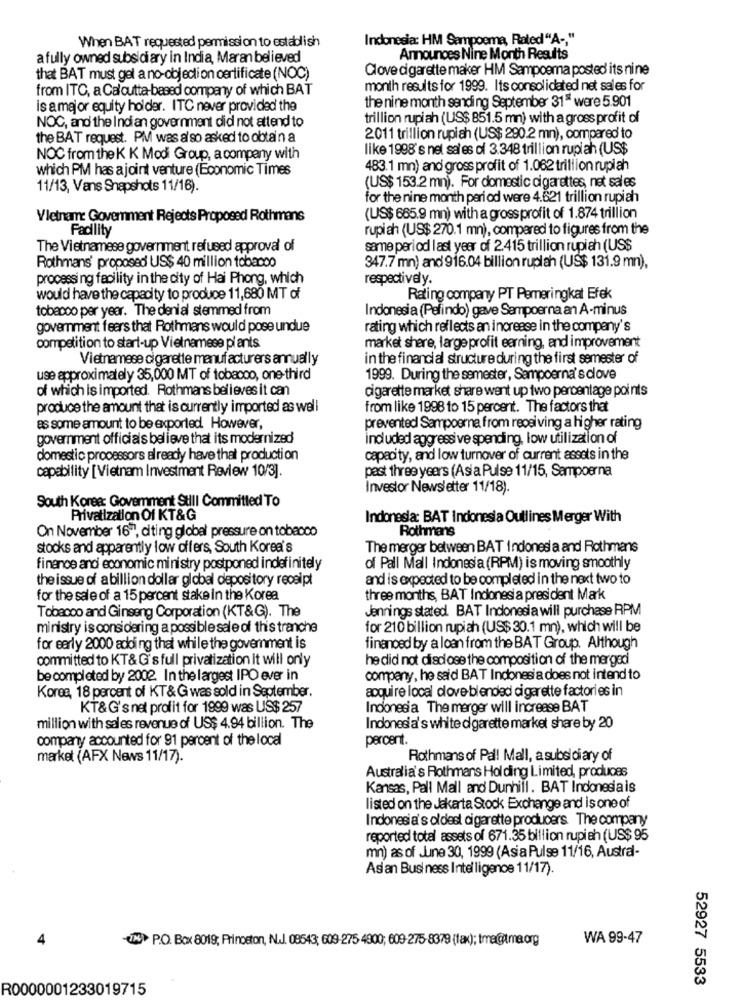
When BAT requested permission to establish
Indonesia: HM Sampoema, Rated"A -, "
a fully owned subsidiary in India, Maran believed
Announces Nine Month Results
Clove cigarette maker HM Sampoerna posted its nine
that BAT must gel a no-objection certificate (NOC)
from ITC, a Calcutta-based company of which BAT
month results for 1999. Its consolidated net sales for
is a major equity holder. ITC never provided the
the nine month sending September 31" were 5.901
NOC, and the Indian government did not attend to
trillion rupiah (US$ 851.5 mm) with a gross profit of
the BAT request. PM was also asked to obtain a
2011 trillion rupiah (US$ 290.2 mn), compared to
like 1998's nel sales of 3.348 trillion rupiah (US$
NOC from the K K Modi Group, a company with
which PM has a joint venture (Economic Times
483.1 mn) and gross profit of 1.062 trillion rupiah
11/13, Vans Snapshots 11/16).
(US$ 153.2 mn). For domestic cigarettes, net sales
for the nine month period were 4.621 trillion rupiah
Vietnam: Government Rejects Proposed Rothmans
(US$ 665.9 mn) with a gross profit of 1.874 trillion
Facility
rupiah (US$ 270.1 mn), compared to figures from the
The Vietnamese government refused approval of
same period last year of 2.415 trillion rupiah (US$
Rothmans' proposed US$ 40 million tobacco
347.7 mn) and 916.04 billion ruplah (US$ 131.9 mn),
processing facility in the city of Hai Phong, which
respectively.
would have the capacity to produce 11,680 MT of
Rating company PT Pemeringkat Efek
tobacco per year. The denial stemmed from
Indonesia (Pefindo) gave Sampoerna an A-minus
government fears that Rothmans would pose undue
rating which reflects an increase in the company's
competition to start-up Vietnamese pi ants
market share, large profit earning, and improvement
Vietnamese cigarette manufacturers annually
in the financial structure during the first semester of
use approximately 35,000 MT of tobacco, one-third
1999. During the semester, Sampoerna's clove
of which is imported. Rothmans believes it can
cigarette market share went up two percentage points
produce the amount that is currently imported as well
from like 1998 to 15 percent. The factors that
es some amount to be exported. However,
prevented Sampoerna from receiving a higher rating
government officials believe that its modernized
included aggressive spending, low utilization of
domestic processors already have that production
capacity, and low turnover of current assets in the
capability [Vietnam Investment Review 10/3].
past three years (Asia Pulse 11/15, Sampoerna
Investor Newsletter 11/18).
South Korea: Goverment Sull Committed To
Privatization Of KT&G
Indonesia: BAT Indonesia Outlines Merger With
On November 1677, citing global pressure on tobacco
Rothmans
stocks and apparently low offers, South Korea's
The merger between BAT Indonesi a and Rothmans
finance and economic ministry postponed indefinitely
of Pall Mall Indonesia (RPM) is moving smoothly
the issue of a billion dollar global depository receipt
and is expected to be completed in the next two to
for the sale of a 15 percent stake in the Korea
three months, BAT Indonesia president Mark
Jennings stated BAT Indonesia will purchase RPM
Tobacco and Ginseng Corporation (KT&G). The
ministry is considering a possible sale of this tranche
for 210 billion rupiah (US$ 30.1 mn), which will be
for early 2000 adding that while the government is
financed by a loan from the BAT Group. Although
committed to KT& G's full privatization it will only
he did not disclose the composition of the merged
be completed by 2002. In the largest IPO ever in
company, he said BAT Indonesia does not intend to
acquire local dove blended cigarette factories in
Korea, 18 percent of KT&G was sold in September.
KT&G's net profit for 1999 was US$ 257
Indonesia The merger will increase BAT
million with sales revenue of US$ 4.94 billion. The
Indonesia's white d garette market share by 20
company accounted for 91 percent of the local
percent.
market (AFX News 11/17).
Rothmans of Pall Mall, asubsidiary of
Australia's Rothmans Holding Limited, produces
Kansas, Pall Mall and Dunhill. BAT Indonesiais
listed on the Jakarta Stock Exchange and is one of
Indonesia's oldest cigarette producers The company
reported total assets of 671.35 billion rupiah (US$ 95
mn) as of June 30, 1999 (Asia Pulse 11/16, Austral-
As an Business Intelligence 11/17).
(TN> P.O. Box 8019; Princeton, N.J. 08543; 609-275 4800; 609-275-8379 (fax); tmagtma org
WA 99-47
52927 5533
R0000001233019715